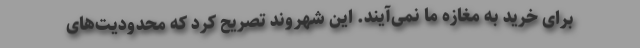
برای خرید به مغازه ما نمی‌آیند. این شهروند تصریح کرد که محدودیت‌های